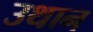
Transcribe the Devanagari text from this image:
उथान